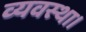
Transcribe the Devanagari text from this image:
व्‍यवस्‍था।